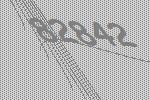
82842